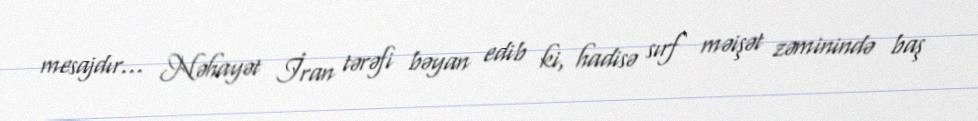
mesajdır... Nəhayət İran tərəfi bəyan edib ki, hadisə sırf məişət zəminində baş